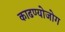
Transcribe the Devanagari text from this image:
काढण्योजोग